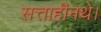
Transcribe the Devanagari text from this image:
सत्ताहीनथे।